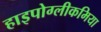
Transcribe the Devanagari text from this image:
हाइपोग्लीकमिया